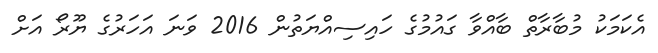
އެކަމަކު މުބާރާތް ބާއްވާ ގައުމުގެ ހައިސިއްޔަތުން 2016 ވަނަ އަހަރުގެ ޔޫރޯ އަށް